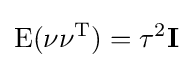
\operatorname {E} (\mathbf {\nu } \mathbf {\nu } ^{\rm {T}})=\tau ^{2}\mathbf {I}